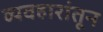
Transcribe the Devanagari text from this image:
व्यवहारांतून